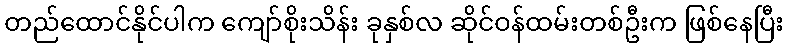
တည်ထောင်နိုင်ပါက ကျော်စိုးသိန်း ခုနှစ်လ ဆိုင်ဝန်ထမ်းတစ်ဦးက ဖြစ်နေပြီး